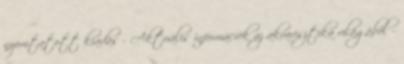
nyomtatott kiadás - Aktuális információk az akvarisztika világából -